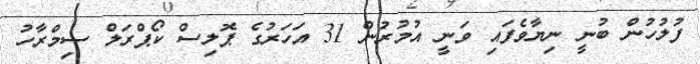
ފުލުހުން ބުނީ ނިޔާވެފައި ވަނީ އުމުރުން 31 އަހަރުގެ ޕޮލިސް ކޯޕްރަލް ސިމްރާހު